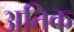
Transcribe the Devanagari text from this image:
अतिक